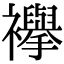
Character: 襷